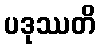
ပဒုဿတိ